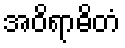
အဝိရာဓိတံ